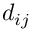
d _ { i j }